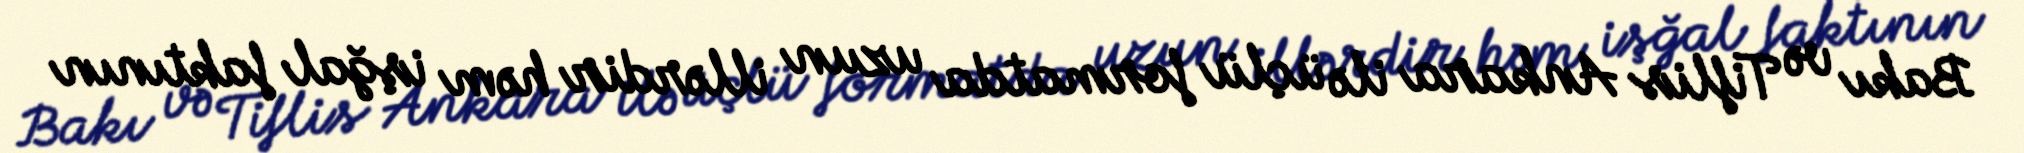
Bakı və Tiflis Ankara ilə üçlü formatda uzun illərdir həm işğal faktının